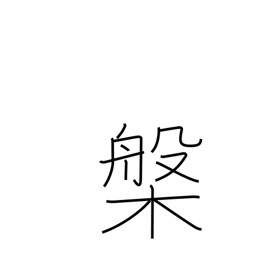
Meaning: tub